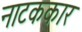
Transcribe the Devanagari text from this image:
नाटककार